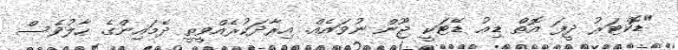
"ޑޮކްޓަރު ދީފަ އޮތް ޑިއު ޑޭޓަކީ ޖޫން ނުވައެއް. އިރާދަކުރެއްވީތީ ދެމައިންގެ ހާލުވެސް